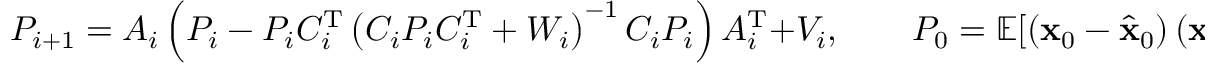
P _ { i + 1 } = A _ { i } \left( P _ { i } - P _ { i } C _ { i } ^ { \mathrm { T } } \left( C _ { i } P _ { i } C _ { i } ^ { \mathrm { T } } + W _ { i } \right) ^ { - 1 } C _ { i } P _ { i } \right) A _ { i } ^ { \mathrm { T } } + V _ { i } , \qquad P _ { 0 } = \mathbb { E } [ \left( { \mathbf { x } } _ { 0 } - { \hat { \mathbf { x } } } _ { 0 } \right) \left( { \mathbf { x } } _ { 0 } - { \hat { \mathbf { x } } } _ { 0 } \right) ^ { \mathrm { T } } ] .